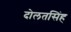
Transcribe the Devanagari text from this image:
दोलतसिंह